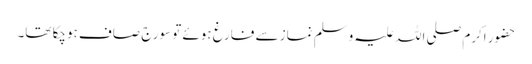
حضور اکرم صلی اللہ علیہ وسلم نماز سے فارغ ہوئے تو سورج صاف ہوچکا تھا۔